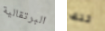
البرتقالية تلك